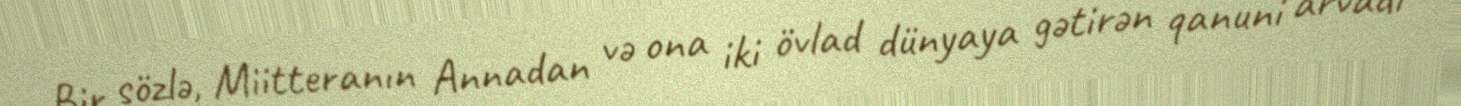
Bir sözlə, Miitteranın Annadan və ona iki övlad dünyaya gətirən qanuni arvadı